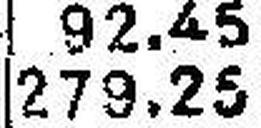
279.25